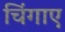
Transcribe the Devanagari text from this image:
चिंगाए